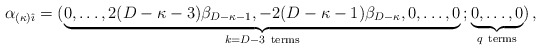
\begin{align*}\alpha_{(\kappa)\hat\imath}= (\underbrace {0,\dots,2(D-\kappa-3)\beta_{D-\kappa-1},-2(D-\kappa-1)\beta_{D-\kappa} ,0,\dots,0}_{k=D-3 \rm~ terms}\,;\underbrace{0,\dots, 0}_{q\rm ~terms}) \, ,\end{align*}